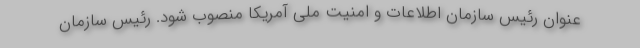
عنوان رئیس سازمان اطلاعات و امنیت ملی آمریکا منصوب شود. رئیس سازمان